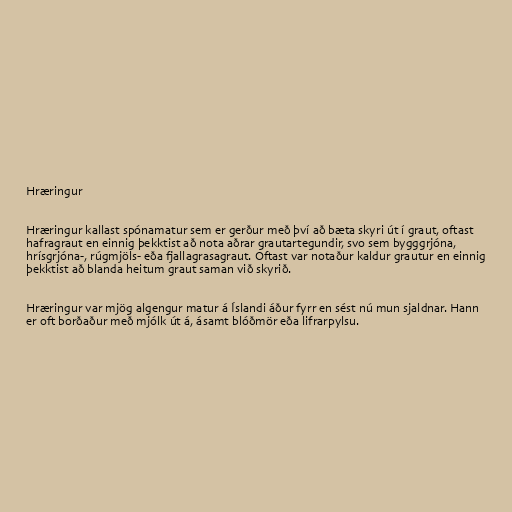
Hræringur

Hræringur kallast spónamatur sem er gerður með því að bæta skyri út í graut, oftast
hafragraut en einnig þekktist að nota aðrar grautartegundir, svo sem bygggrjóna,
hrísgrjóna-, rúgmjöls- eða fjallagrasagraut. Oftast var notaður kaldur grautur en einnig
þekktist að blanda heitum graut saman við skyrið.

Hræringur var mjög algengur matur á Íslandi áður fyrr en sést nú mun sjaldnar. Hann
er oft borðaður með mjólk út á, ásamt blóðmör eða lifrarpylsu.